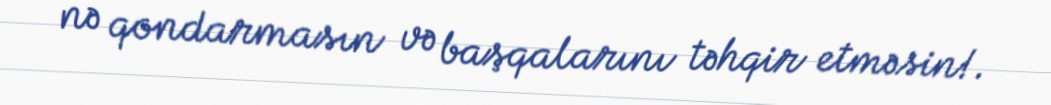
nə qondarmasın və başqalarını təhqir etməsin!.